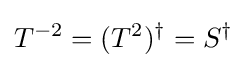
T^{-2}=(T^{2})^{\dagger }=S^{\dagger }